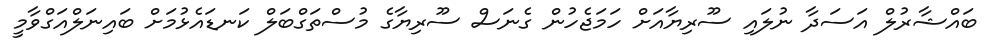
ބައްޝާރުލް އަސަދާ ނުލައި ސޫރިޔާއަށް ހަމަޖެހުން ގެނަސް ސޫރިޔާގެ މުސްތަގްބަލް ކަނޑައެޅުމަށް ބައިނަލްއަގްވާމީ